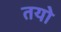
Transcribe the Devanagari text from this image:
तयो